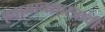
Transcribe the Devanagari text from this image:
हवामानशास्त्राची